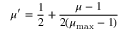
\mu ^ { \prime } = \frac { 1 } { 2 } + \frac { \mu - 1 } { 2 ( \mu _ { \operatorname* { m a x } } - 1 ) }